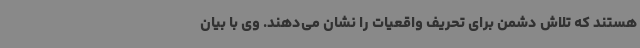
هستند که تلاش دشمن برای تحریف واقعیات را نشان می‌دهند. وی با بیان